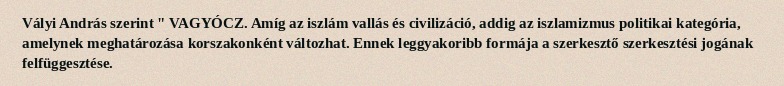
Vályi András szerint " VAGYÓCZ. Amíg az iszlám vallás és civilizáció, addig az iszlamizmus politikai kategória, amelynek meghatározása korszakonként változhat. Ennek leggyakoribb formája a szerkesztő szerkesztési jogának felfüggesztése.